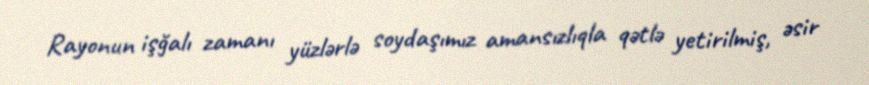
Rayonun işğalı zamanı yüzlərlə soydaşımız amansızlıqla qətlə yetirilmiş, əsir